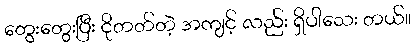
တွေးတွေးပြီး ငိုတတ်တဲ့ အကျင့် လည်း ရှိပါသေး တယ်။